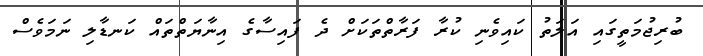
ބުރިޖުމަތީގައި އަލަތު ކައިވެނި ކުރާ ފަރާތްތަކަށް ދެ ފައިސާގެ އިނާޔަތްތައް ކަނޑާލި ނަމަވެސް